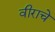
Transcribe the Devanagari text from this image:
वीराचे